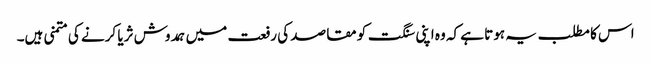
اس کا مطلب یہ ہوتا ہے کہ وہ اپنی سنگت کو مقاصد کی رفعت میں ہمدوش ثریا کرنے کی متمنی ہیں۔